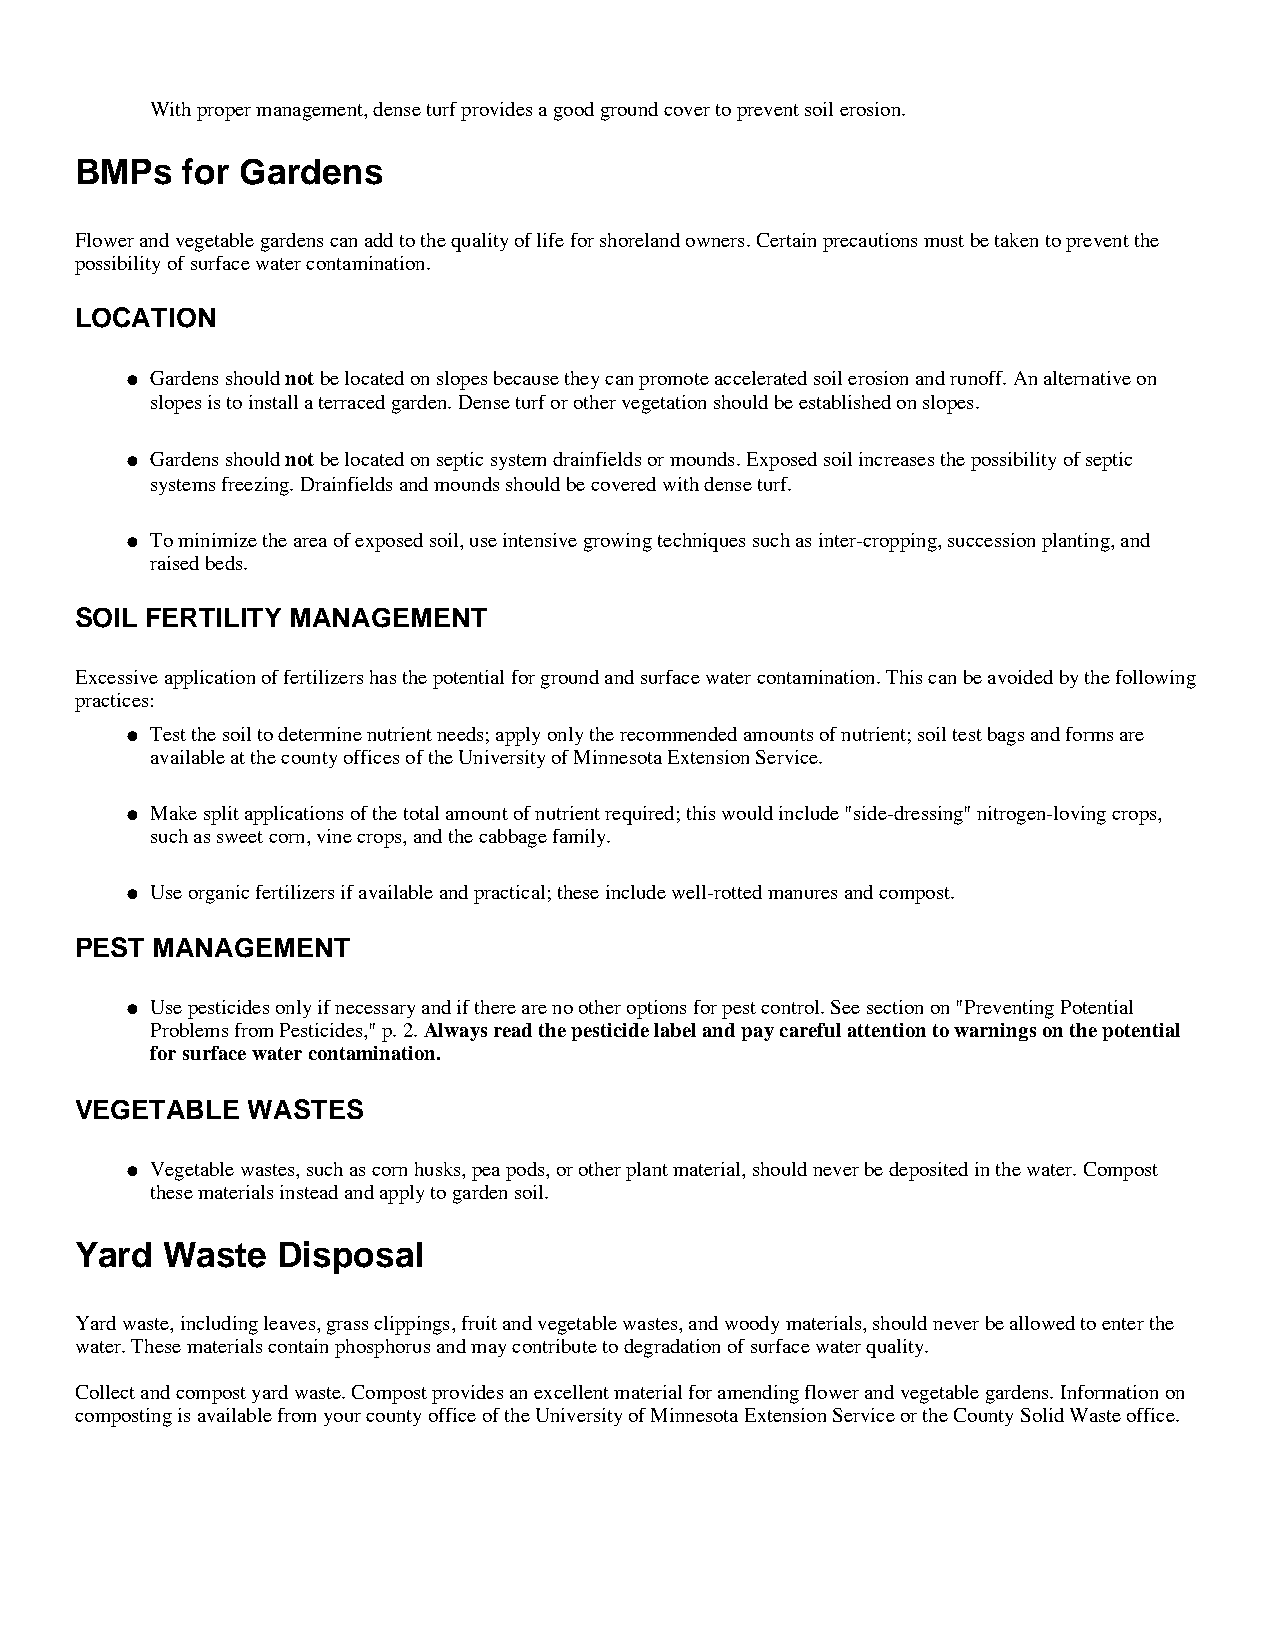
With proper management, dense turf provides a good ground cover to prevent soil erosion.
 BMPs   for Gardens
 Flower and vegetable gardens can add to the quality of life for shoreland owners. Certain precautions must be taken to prevent the
 possibility of surface water contamination.
 LOCATION
 l G ardens should not be located on slopes because they can promote accelerated soil erosion and runoff. An alternative on
 slopes is to install a terraced garden. Dense turf or other vegetation should be established on slopes.
 l G ardens should not be located on septic system drainfields or mounds. Exposed soil increases the possibility of septic
 systems freezing. Drainfields and mounds should be covered with dense turf.
 To minimize the area of exposed soil, use intensive growing techniques such as inter-cropping, succession planting, and
 l
 raised beds.
 SOIL FERTILITY MANAGEMENT
 Excessive application of fertilizers has the potential for ground and surface water contamination. This can be avoided by the following
 practices:
 Test the soil to determine nutrient needs; apply only the recommended amounts of nutrient; soil test bags and forms are
 l
 available at the county offices of the University of Minnesota Extension Service.
 Make split applications of the total amount of nutrient required; this would include "side-dressing" nitrogen-loving crops,
 l
 such as sweet corn, vine crops, and the cabbage family.
 Use organic fertilizers if available and practical; these include well-rotted manures and compost.
 l
 PEST MANAGEMENT
 Use pesticides only if necessary and if there are no other options for pest control. See section on "Preventing Potential
 l
 Problems from Pesticides," p. 2. Always read the pesticide label and pay careful attention to warnings on the potential
 for surface water contamination.
 VEGETABLE  WASTES
 Vegetable wastes, such as corn husks, pea pods, or other plant material, should never be deposited in the water. Compost
 l
 these materials instead and apply to garden soil.
 Yard  Waste  Disposal
 Yard waste, including leaves, grass clippings, fruit and vegetable wastes, and woody materials, should never be allowed to enter the
 water. These materials contain phosphorus and may contribute to degradation of surface water quality.
 Collect and compost yard waste. Compost provides an excellent material for amending flower and vegetable gardens. Information on
 composting is available from your county office of the University of Minnesota Extension Service or the County Solid Waste office.